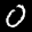
Digit: 0